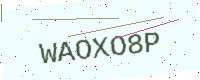
Text: WAOXO8P